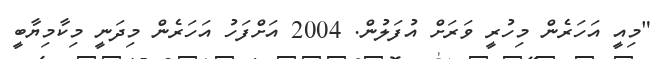
"މިއީ އަހަރެން މިހުރީ ވަރަށް އުފަލުން. 2004 އަށްފަހު އަހަރެން މިދަނީ މިކާމިޔާބީ